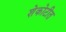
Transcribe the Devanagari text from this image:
शेकोटीत